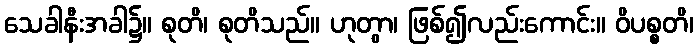
သေခါနီးအခါ၌။ စုတိ၊ စုတိသည်။ ဟုတွာ၊ ဖြစ်၍လည်းကောင်း။ ဝိပစ္စတိ၊